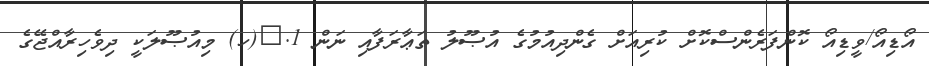
އޯޑިއޯ/ވީޑިއޯ ކޮންފަރެންސްކޮށް ކުރިއަށް ގެންދިއުމުގެ އުޞޫލު ތަޢާރަފާއި ނަން 1.	(ހ) މިއުޞޫލަކީ ދިވެހިރާއްޖޭގެ